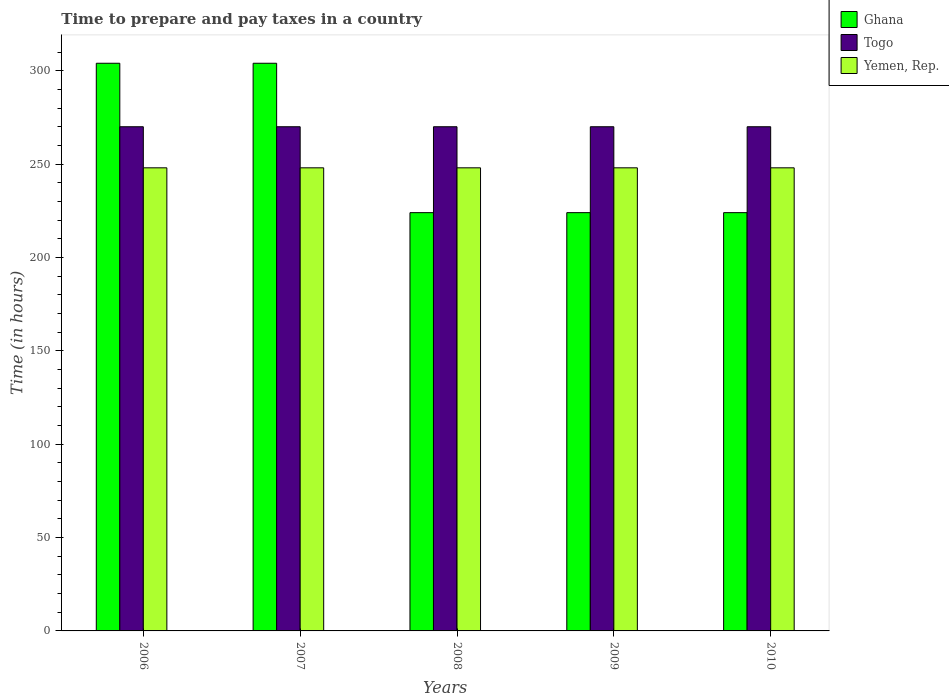
| Years | Ghana | Togo | Yemen, Rep. |
 | --- | --- | --- | --- |
 | 2006 | 304 | 270 | 248 |
 | 2007 | 304 | 270 | 248 |
 | 2008 | 224 | 270 | 248 |
 | 2009 | 224 | 270 | 248 |
 | 2010 | 224 | 270 | 248 |